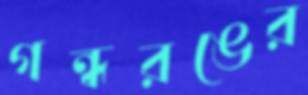
গন্ধরঙের